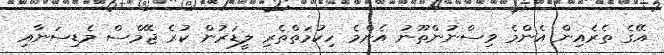
އޭގެ ތެރެއިން އެންމެ ވިސްނުންތޫނު އެންމެ ހިކުމަތްތެރި ލީޑަރުން ކުރެ ޖޭމްސް މެޑިސަނާއި